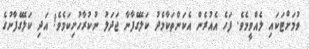
ވުމަށްޓަކައި ލެއްވީމެވެ. ފަހެ އެއުރެން އެކަންތަކާމެދު ކަލޭގެފާނާ ޖަދަލު ނުކުރާހުށިކަމެވެ! އަދި ކަލޭގެފާނުގެ